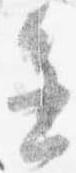
進